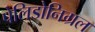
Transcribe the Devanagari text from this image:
पेलिडोनिग्रल